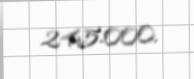
245.000.